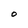
Character: o